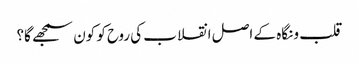
قلب و نگاہ کے اصل انقلاب کی روح کو کون سمجھے گا؟